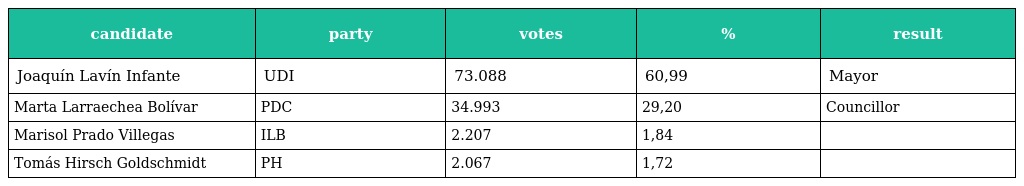
| candidate | party | votes | % | result |
 | --- | --- | --- | --- | --- |
 | Joaquín Lavín Infante | UDI | 73.088 | 60,99 | Mayor |
 | Marta Larraechea Bolívar | PDC | 34.993 | 29,20 | Councillor |
 | Marisol Prado Villegas | ILB | 2.207 | 1,84 |  |
 | Tomás Hirsch Goldschmidt | PH | 2.067 | 1,72 |  |